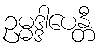
ဥမ္မဒ္ဒါပေန္တီ